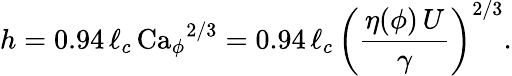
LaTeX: h=0.94\, \ell_{c}\, {\mathrm{Ca}_{\phi}}^{2/3}=0.94\, \ell_{c}\, \left(\frac{\eta(\phi)\, U}{\gamma}\right)^{2/3}.